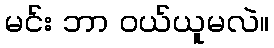
မင်း ဘာ ဝယ်ယူမလဲ။